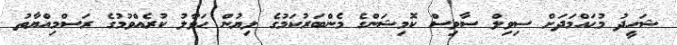
ޝަހީދު މުޙައްމަދަށް ސިވިލް ސާވިސް ކޮމިޝަންގެ މެންބަރުކަމުގެ ލިޔުން ޙަވާލު ކުރެއްވުމުގެ ރަސްމިއްޔާތު